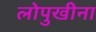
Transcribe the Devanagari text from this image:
लोपुखीना